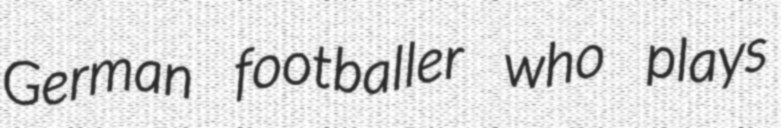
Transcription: German footballer who plays